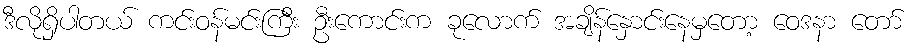
ဒီလိုရှိပါတယ် ကင်းဝန်မင်းကြီး ဦးကောင်းက ခုလောက် အချိန်နှောင်းနေမှတော့ ဝေဒနာ တော်